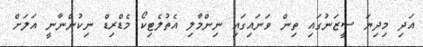
އަދި މިދިޔަ ސީޒަނުގައި ތިން ވަނައިގައި ނިންމާލި އެތުލެޓިކޯ މެޑްރިޑް ނިކުންނާނީ އަލަށް